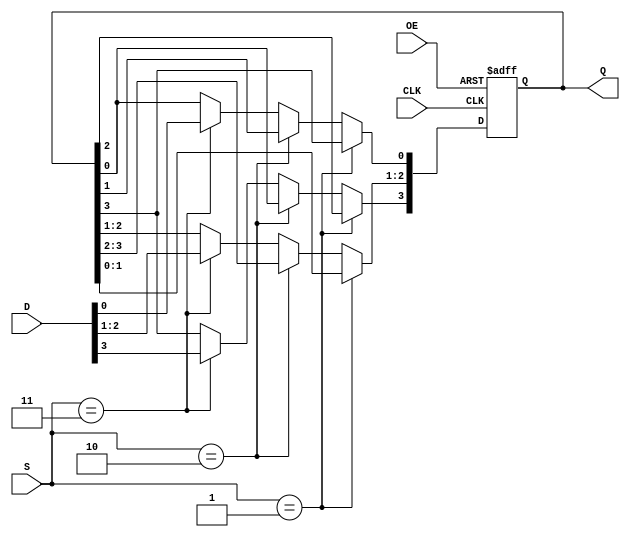
`timescale 1ns / 1ps
//////////////////////////////////////////////////////////////////////////////////
// Company: 
// Engineer:       
// 
// Design Name: 
// Module Name:    fifteen 
// Project Name:    
// Target Devices: 
// Tool versions: 
// Description: 
//
// Dependencies: 
//
// Revision: 
// Revision 0.01 - File Created
// Additional Comments: 
//
//////////////////////////////////////////////////////////////////////////////////
module fifteen(OE,S,CLK,D,Q);
	input OE,CLK;
	input [1:0] S;
	input [3:0] D;
	output reg [3:0] Q;
	always @(posedge CLK or posedge OE)
		begin
			if(OE) Q<=4'bzzzz;
			else if(S==2'b01)
				begin
					Q[3:1]<=Q[2:0];
					Q[0]<=Q[3];
				end
			else if(S==2'b10)
				begin
					Q[2:0]<=Q[3:1];
					Q[3]<=Q[0];
				end			
			else if(S==2'b11)	Q<=D;
		end
endmodule